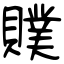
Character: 贌